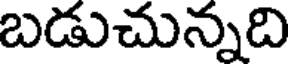
బడుచున్నది